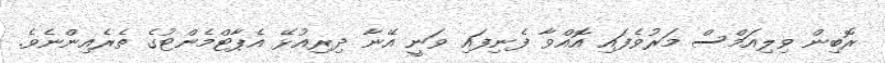
ރޮބިން ވިލިއަމްސް މަރުވެފައި އޮއްވާ ފެނިފައި ވަނީ އޭނާ ދިރިއުޅޭ އެޕާޓްމެންޓުގެ ތެރެއިންނެވެ.